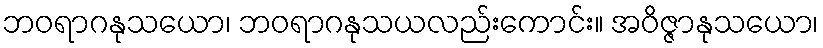
ဘဝရာဂနုသယော၊ ဘဝရာဂနုသယလည်းကောင်း။ အဝိဇ္ဇာနုသယော၊